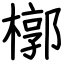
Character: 槨